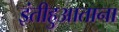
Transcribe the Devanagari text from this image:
इंतीहुआताना